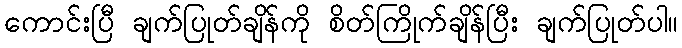
ကောင်းပြီ ချက်ပြုတ်ချိန်ကို စိတ်ကြိုက်ချိန်ပြီး ချက်ပြုတ်ပါ။